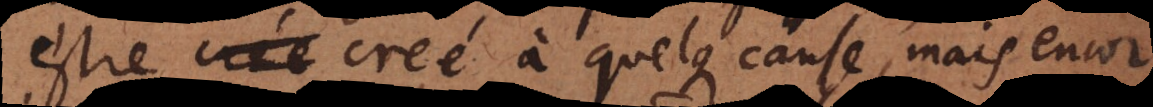
estre creé a quelque cause, ma